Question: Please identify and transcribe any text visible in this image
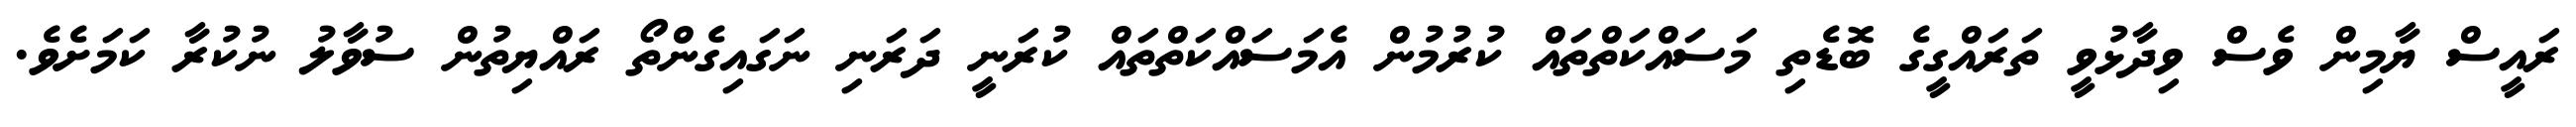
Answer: ރައީސް ޔާމިން ވެސް ވިދާޅުވީ ތަރައްގީގެ ބޮޑެތި މަސައްކަތްތައް ކުރުމުން އެމަސައްކަތްތައް ކުރަނީ ދަރަނި ނަގައިގެންތޯ ރައްޔިތުން ސުވާލު ނުކުރާ ކަމަށެވެ.